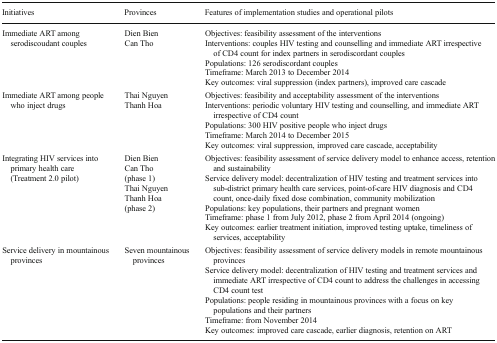
| Initiatives | Provinces | Features of implementation studies and operational pilots |
 | --- | --- | --- |
 | Immediate ART among serodiscoudant couples | Dien BienCan Tho | Objectives: feasibility assessment of the interventionsInterventions: couples HIV testing and counselling and immediate ART irrespective of CD4 count for index partners in serodiscordant couplesPopulations: 126 serodiscordant couplesTimeframe: March 2013 to December 2014Key outcomes: viral suppression (index partners), improved care cascade |
 | Immediate ART among people who inject drugs | Thai NguyenThanh Hoa | Objectives: feasibility and acceptability assessment of the interventionsInterventions: periodic voluntary HIV testing and counselling, and immediate ART irrespective of CD4 countPopulations: 300 HIV positive people who inject drugsTimeframe: March 2014 to December 2015Key outcomes: viral suppression, improved care cascade, acceptability |
 | Integrating HIV services into primary health care (Treatment 2.0 pilot) | Dien BienCan Tho(phase 1)Thai NguyenThanh Hoa(phase 2) | Objectives: feasibility assessment of service delivery model to enhance access, retention and sustainabilityService delivery model: decentralization of HIV testing and treatment services into sub-district primary health care services, point-of-care HIV diagnosis and CD4 count, once-daily fixed dose combination, community mobilizationPopulations: key populations, their partners and pregnant womenTimeframe: phase 1 from July 2012, phase 2 from April 2014 (ongoing)Key outcomes: earlier treatment initiation, improved testing uptake, timeliness of services, acceptability |
 | Service delivery in mountainous provinces | Seven mountainous provinces | Objectives: feasibility assessment of service delivery models in remote mountainous provincesService delivery model: decentralization of HIV testing and treatment services and immediate ART irrespective of CD4 count to address the challenges in accessing CD4 count testPopulations: people residing in mountainous provinces with a focus on key populations and their partnersTimeframe: from November 2014Key outcomes: improved care cascade, earlier diagnosis, retention on ART |